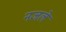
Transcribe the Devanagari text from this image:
नजले